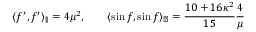
\langle f ^ { \prime } , f ^ { \prime } \rangle _ { \parallel } = 4 \mu ^ { 2 } , \qquad \langle \sin f , \sin f \rangle _ { \perp } = \frac { 1 0 + 1 6 \kappa ^ { 2 } } { 1 5 } \frac { 4 } { \mu }